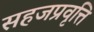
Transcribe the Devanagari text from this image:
सहजप्रवृत्ति